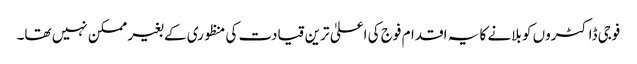
فوجی ڈاکٹروں کو بلانے کا یہ اقدام فوج کی اعلیٰ ترین قیادت کی منظوری کے بغیر ممکن نہیں تھا۔